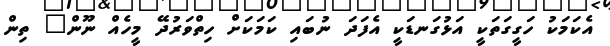
އެކަމަކު ހަގީގަތަކީ އަޅުގަނޑަކީ އެފަދަ ނުބައި ކަމަކަށް ހިތްވަރުދޭ މީހެއް ނޫން" ތިން